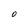
Character: O